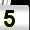
Digit: 5